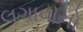
લગાવાનો